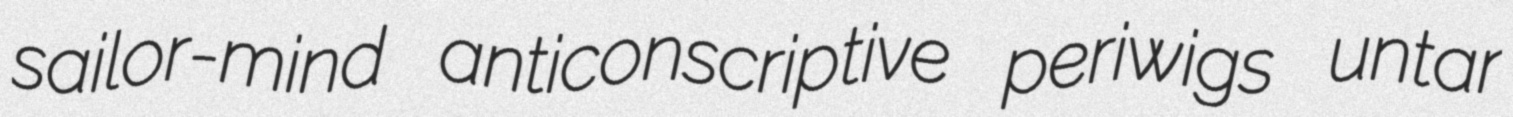
sailor-mind anticonscriptive periwigs untar